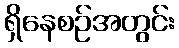
ရှိနေစဉ်အတွင်း